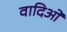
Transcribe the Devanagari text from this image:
वादिओं